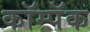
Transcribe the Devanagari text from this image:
कॉम्पॅक